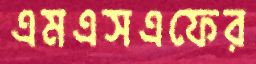
এমএসএফের